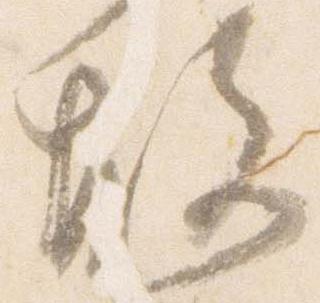
故